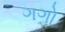
ગગો